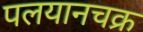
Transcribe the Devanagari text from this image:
पलयानचक्र